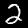
Digit: 2